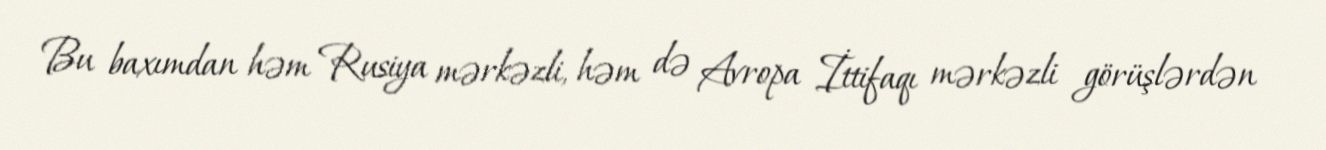
Bu baxımdan həm Rusiya mərkəzli, həm də Avropa İttifaqı mərkəzli görüşlərdən